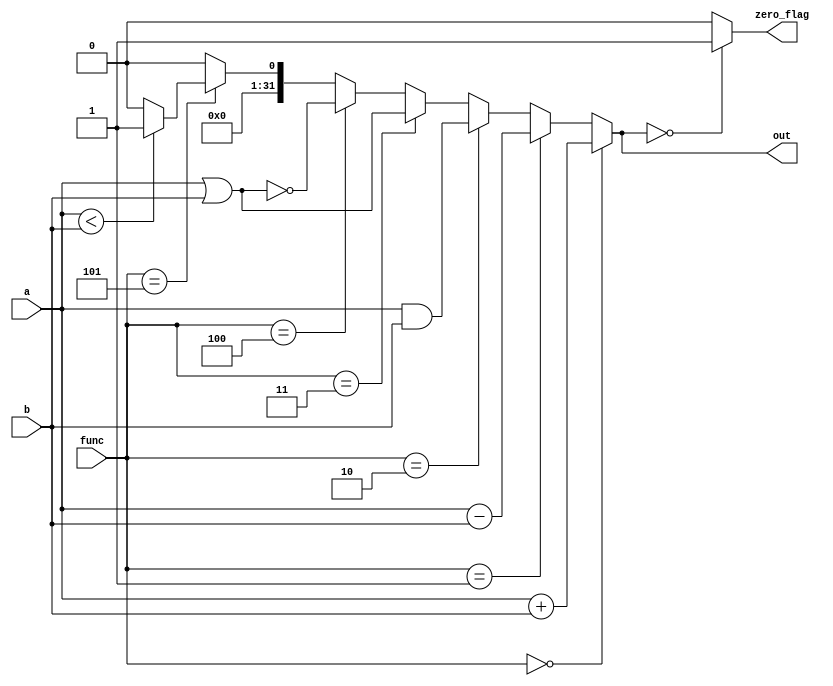
`timescale 1ns / 1ns


module ALU(a,b, func, out, zero_flag);


	 parameter size = 32;
	 
    input [size-1:0] a;
    input [size-1:0] b;
	 input [2:0] func;
    output reg [size-1:0] out;
    output reg zero_flag;
	 
	 	
	always @(*) begin
	case (out) 
	0: zero_flag = 1'b1;
	default: zero_flag = 1'b0;
	endcase
	end
	
	always @(*) begin
		if (func == 3'd0) //ADD 0010 0000, or 20h
		out = a + b;
		else if (func == 3'd1) //SUB 0010 0010, or 22h
		out = a - b;
		else if (func == 3'd2) //AND 0010 0100, or 24h
		out = a & b;
		else if (func == 3'd3) //OR 0010 0101, or 25h
		out = a | b;
		else if (func == 3'd4) //NOR??
		out = ~(a | b);
		else if (func == 3'd5) begin//SLT 0010 1010, or 2Ah
		  if ($signed(a) < $signed(b))
		      out = 32'h0000_0001;
		  else out = 32'h0000_0000;
		end
		else
		out = 0;
   end



endmodule